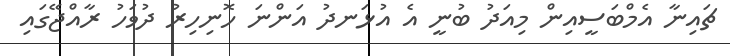
ޗައިނާ އެމްބަސީއިން މިއަދު ބުނީ އެ އުޅަނދު އަންނަ ހޮނިހިރު ދުވަހު ރާއްޖޭގައި